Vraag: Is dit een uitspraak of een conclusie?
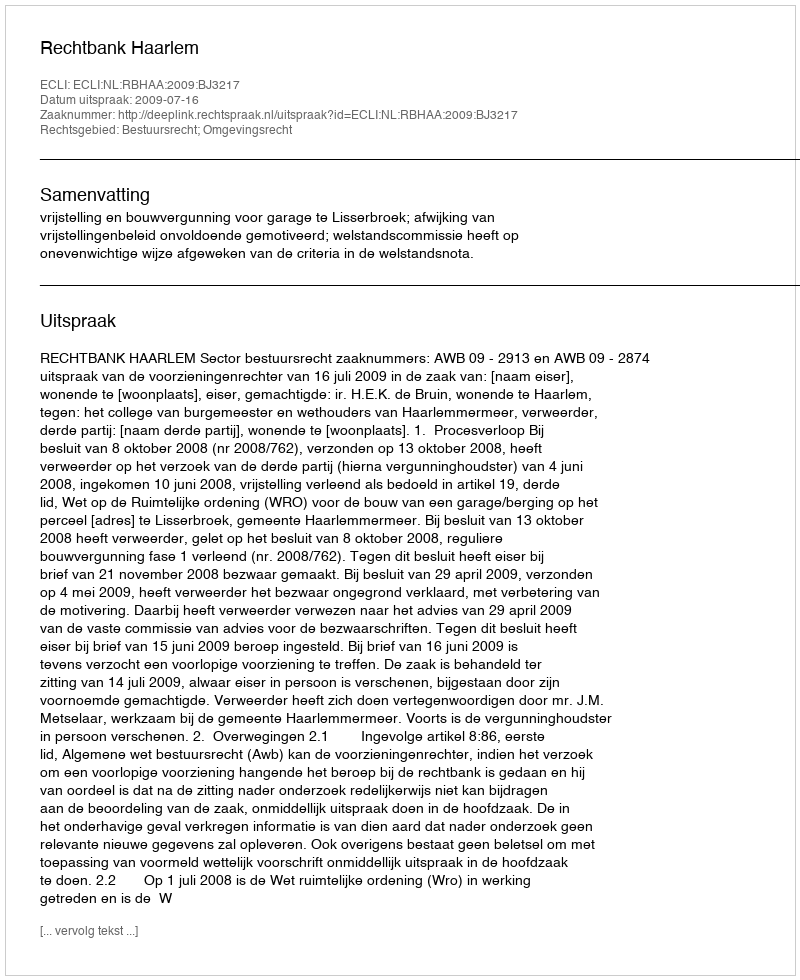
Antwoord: Uitspraak